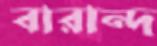
বারান্দ